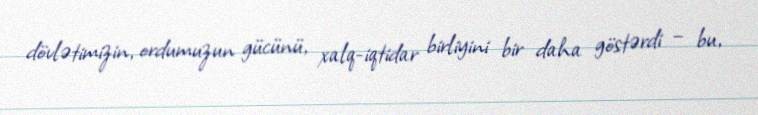
dövlətimizin, ordumuzun gücünü, xalq-iqtidar birliyini bir daha göstərdi – bu,